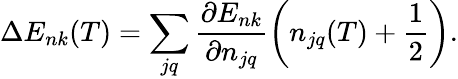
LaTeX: \Delta E_{nk}(T)=\sum_{jq}\frac{\partial E_{nk}}{\partial n_{jq}}\left(n_{jq}(T)+\frac{1}{2}\right).